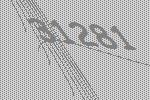
31281